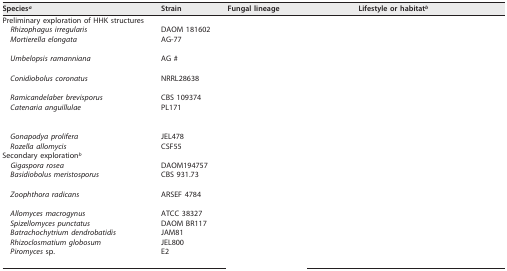
<table><thead><tr><td><b>Species<sup>a</sup></b></td><td><b>Strain</b></td><td><b>Fungal lineage</b></td><td><b>Lifestyle or habitat<sup>b</sup></b></td></tr></thead><tbody><tr><td>Preliminary exploration of HHK structures</td><td>[EMPTY_CELL]</td><td>[EMPTY_CELL]</td><td>[EMPTY_CELL]</td></tr><tr><td><i> Rhizophagus irregularis</i></td><td>DAOM 181602</td><td>[EMPTY_CELL]</td><td>[EMPTY_CELL]</td></tr><tr><td><i> Mortierella elongata</i></td><td>AG-77</td><td>[EMPTY_CELL]</td><td>[EMPTY_CELL]</td></tr><tr><td><i> Umbelopsis ramanniana</i></td><td>AG #</td><td>[EMPTY_CELL]</td><td>[EMPTY_CELL]</td></tr><tr><td><i> Conidiobolus coronatus</i></td><td>NRRL28638</td><td>[EMPTY_CELL]</td><td>[EMPTY_CELL]</td></tr><tr><td><i> Ramicandelaber brevisporus</i></td><td>CBS 109374</td><td>[EMPTY_CELL]</td><td>[EMPTY_CELL]</td></tr><tr><td><i> Catenaria anguillulae</i></td><td>PL171</td><td>[EMPTY_CELL]</td><td>[EMPTY_CELL]</td></tr><tr><td><i> Gonapodya prolifera</i></td><td>JEL478</td><td>[EMPTY_CELL]</td><td>[EMPTY_CELL]</td></tr><tr><td><i> Rozella allomycis</i></td><td>CSF55</td><td>[EMPTY_CELL]</td><td>[EMPTY_CELL]</td></tr><tr><td>Secondary exploration<sup>b</sup></td><td>[EMPTY_CELL]</td><td>[EMPTY_CELL]</td><td>[EMPTY_CELL]</td></tr><tr><td><i> Gigaspora rosea</i></td><td>DAOM194757</td><td>[EMPTY_CELL]</td><td>[EMPTY_CELL]</td></tr><tr><td><i> Basidiobolus meristosporus</i></td><td>CBS 931.73</td><td>[EMPTY_CELL]</td><td>[EMPTY_CELL]</td></tr><tr><td><i> Zoophthora radicans</i></td><td>ARSEF 4784</td><td>[EMPTY_CELL]</td><td>[EMPTY_CELL]</td></tr><tr><td><i> Allomyces macrogynus</i></td><td>ATCC 38327</td><td>[EMPTY_CELL]</td><td>[EMPTY_CELL]</td></tr><tr><td><i> Spizellomyces punctatus</i></td><td>DAOM BR117</td><td>[EMPTY_CELL]</td><td>[EMPTY_CELL]</td></tr><tr><td><i> Batrachochytrium dendrobatidis</i></td><td>JAM81</td><td>[EMPTY_CELL]</td><td>[EMPTY_CELL]</td></tr><tr><td><i> Rhizoclosmatium globosum</i></td><td>JEL800</td><td>[EMPTY_CELL]</td><td>[EMPTY_CELL]</td></tr><tr><td><i> Piromyces</i> sp.</td><td>E2</td><td>[EMPTY_CELL]</td><td>[EMPTY_CELL]</td></tr></tbody></table>